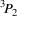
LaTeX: { } ^ { 3 } \! P _ { 2 }